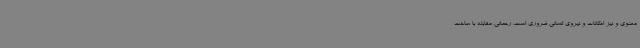
معنوی و نیز امکانات و نیروی انسانی ضروری است. رحمانی مقابله با ساخت